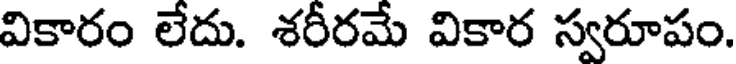
వికారం లేదు. శరీరమే వికార స్వరూపం.